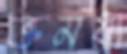
ভ্রুমধ্য